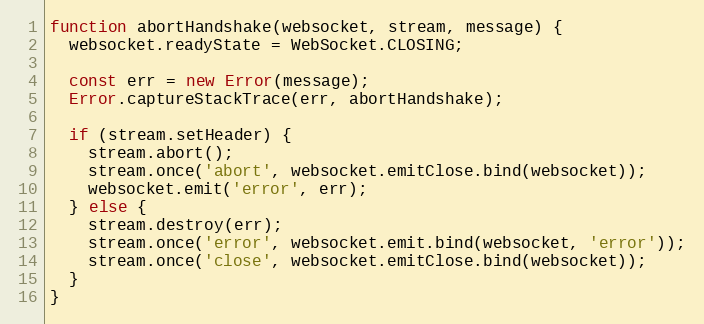
Language: JavaScript
function abortHandshake(websocket, stream, message) {
  websocket.readyState = WebSocket.CLOSING;

  const err = new Error(message);
  Error.captureStackTrace(err, abortHandshake);

  if (stream.setHeader) {
    stream.abort();
    stream.once('abort', websocket.emitClose.bind(websocket));
    websocket.emit('error', err);
  } else {
    stream.destroy(err);
    stream.once('error', websocket.emit.bind(websocket, 'error'));
    stream.once('close', websocket.emitClose.bind(websocket));
  }
}